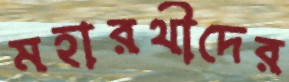
মহারথীদের